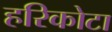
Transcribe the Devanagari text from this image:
हरिकोटा